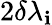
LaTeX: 2\delta\lambda_{\mathbf{i}}